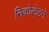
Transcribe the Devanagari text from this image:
निकोलेटने